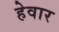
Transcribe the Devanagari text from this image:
हेवार